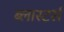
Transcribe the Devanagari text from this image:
ब्लास्टर्स